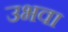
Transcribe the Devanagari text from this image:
उभवा